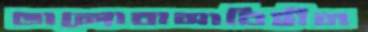
ভালোবাসাবিহীন